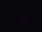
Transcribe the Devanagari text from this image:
चदी